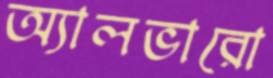
অ্যালভারো